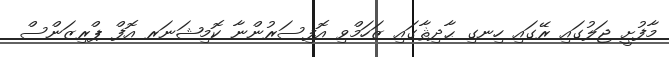
މާފުށީ ޖަލުގައި ރޭގައި ހިނގި ޙާދިޘާގައި ޒަހަމްވި އޮފިސަރުންނާ ކޮމިޝަނަރ އޮފް ޕްރިޒަންސް